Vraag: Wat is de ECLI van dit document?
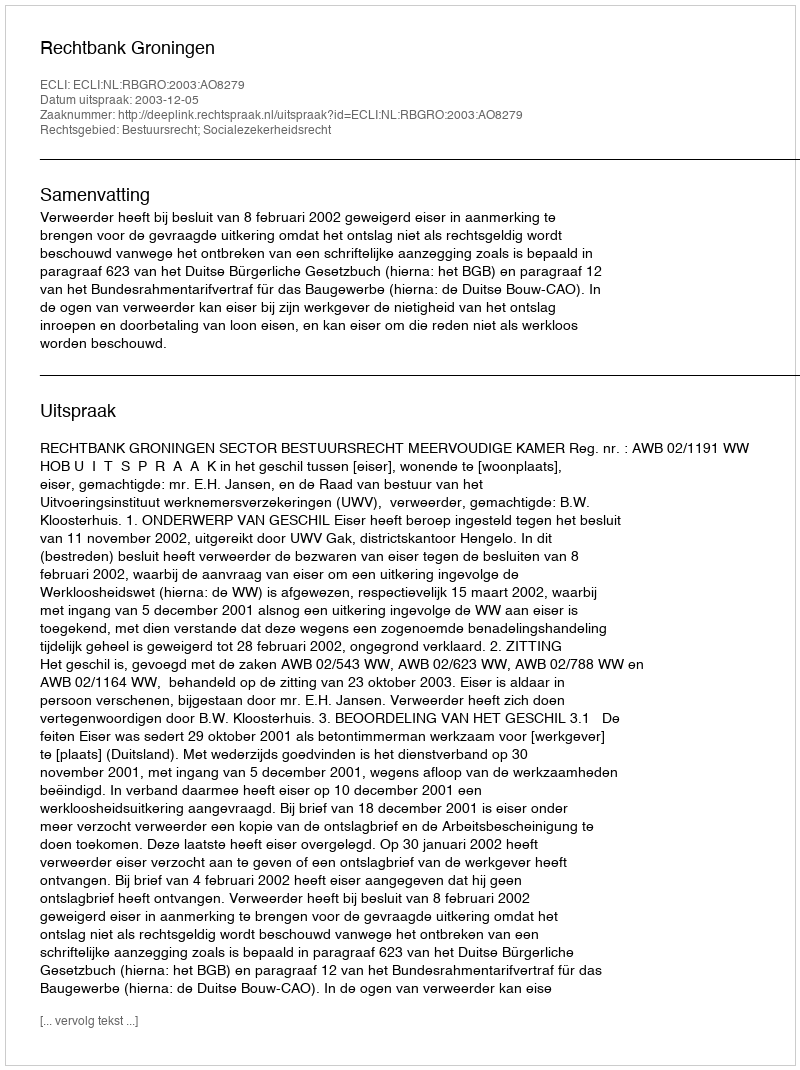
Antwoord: ECLI:NL:RBGRO:2003:AO8279